Bréfritari: Klemens Björnsson
Viðtakandi: Jón Borgfirðings Jónsson
Dagsetning: A-1851-05-22
Skrifað á: Bjarteyjarsandi  Borg.

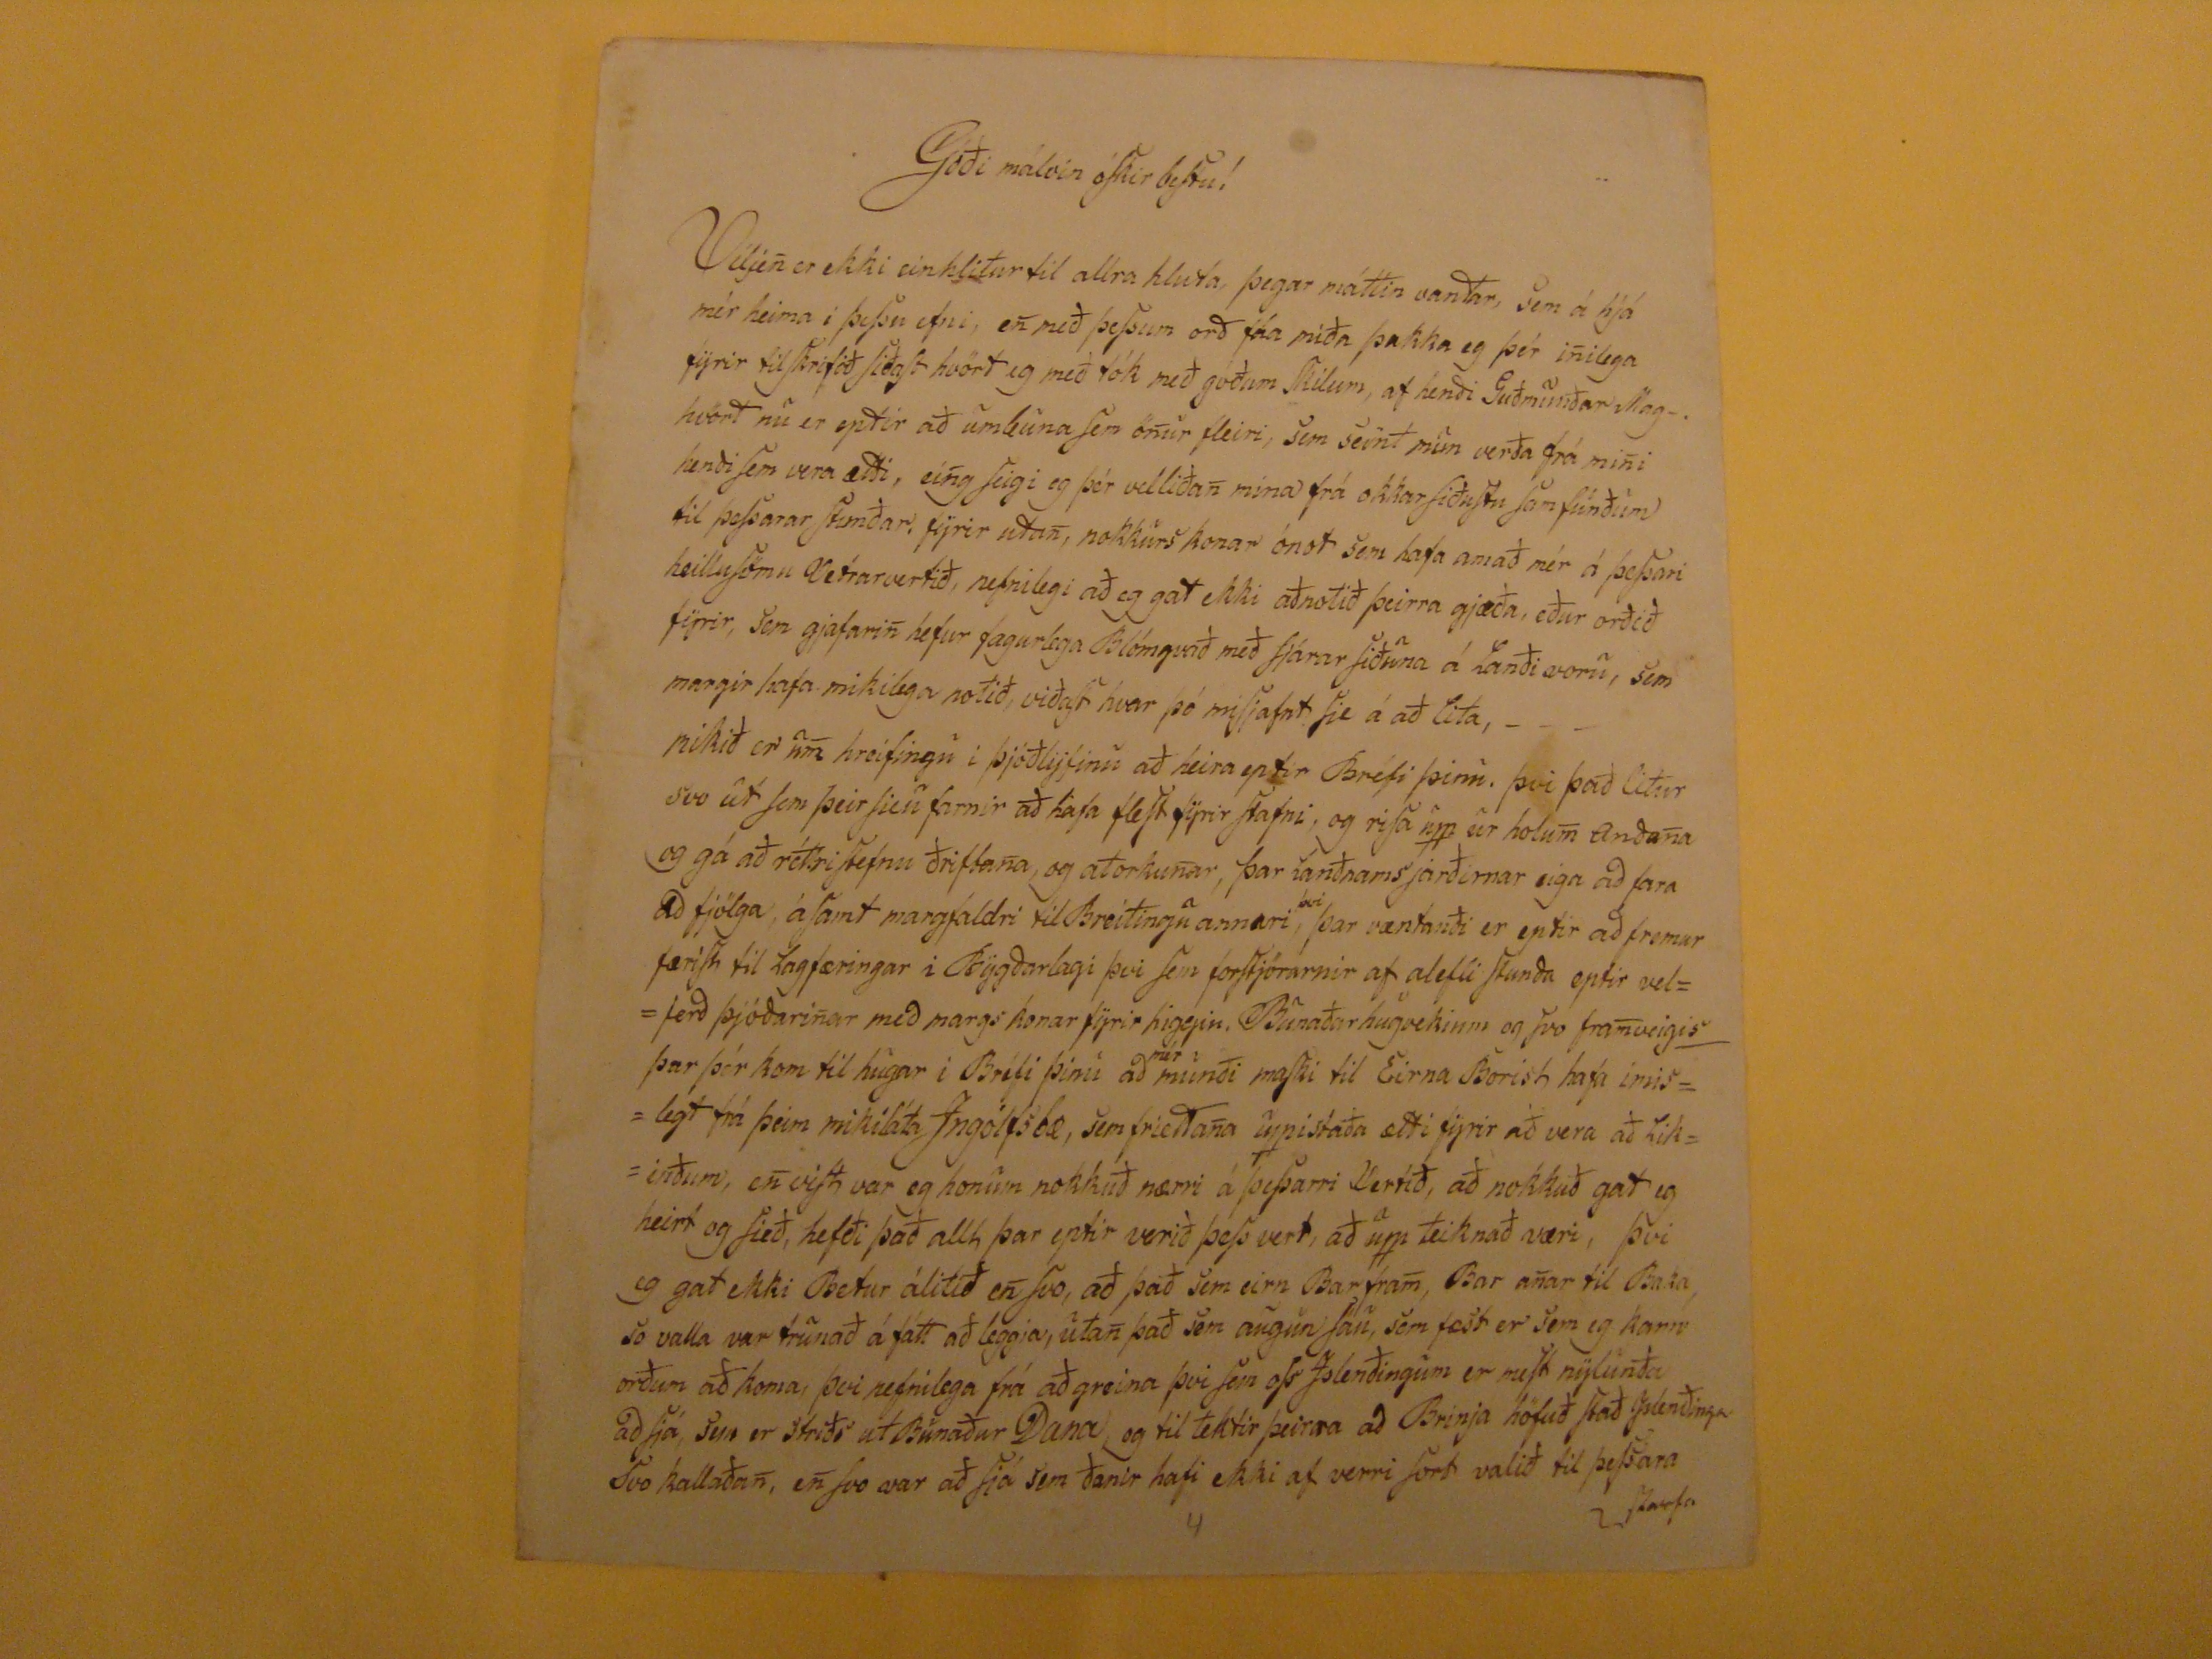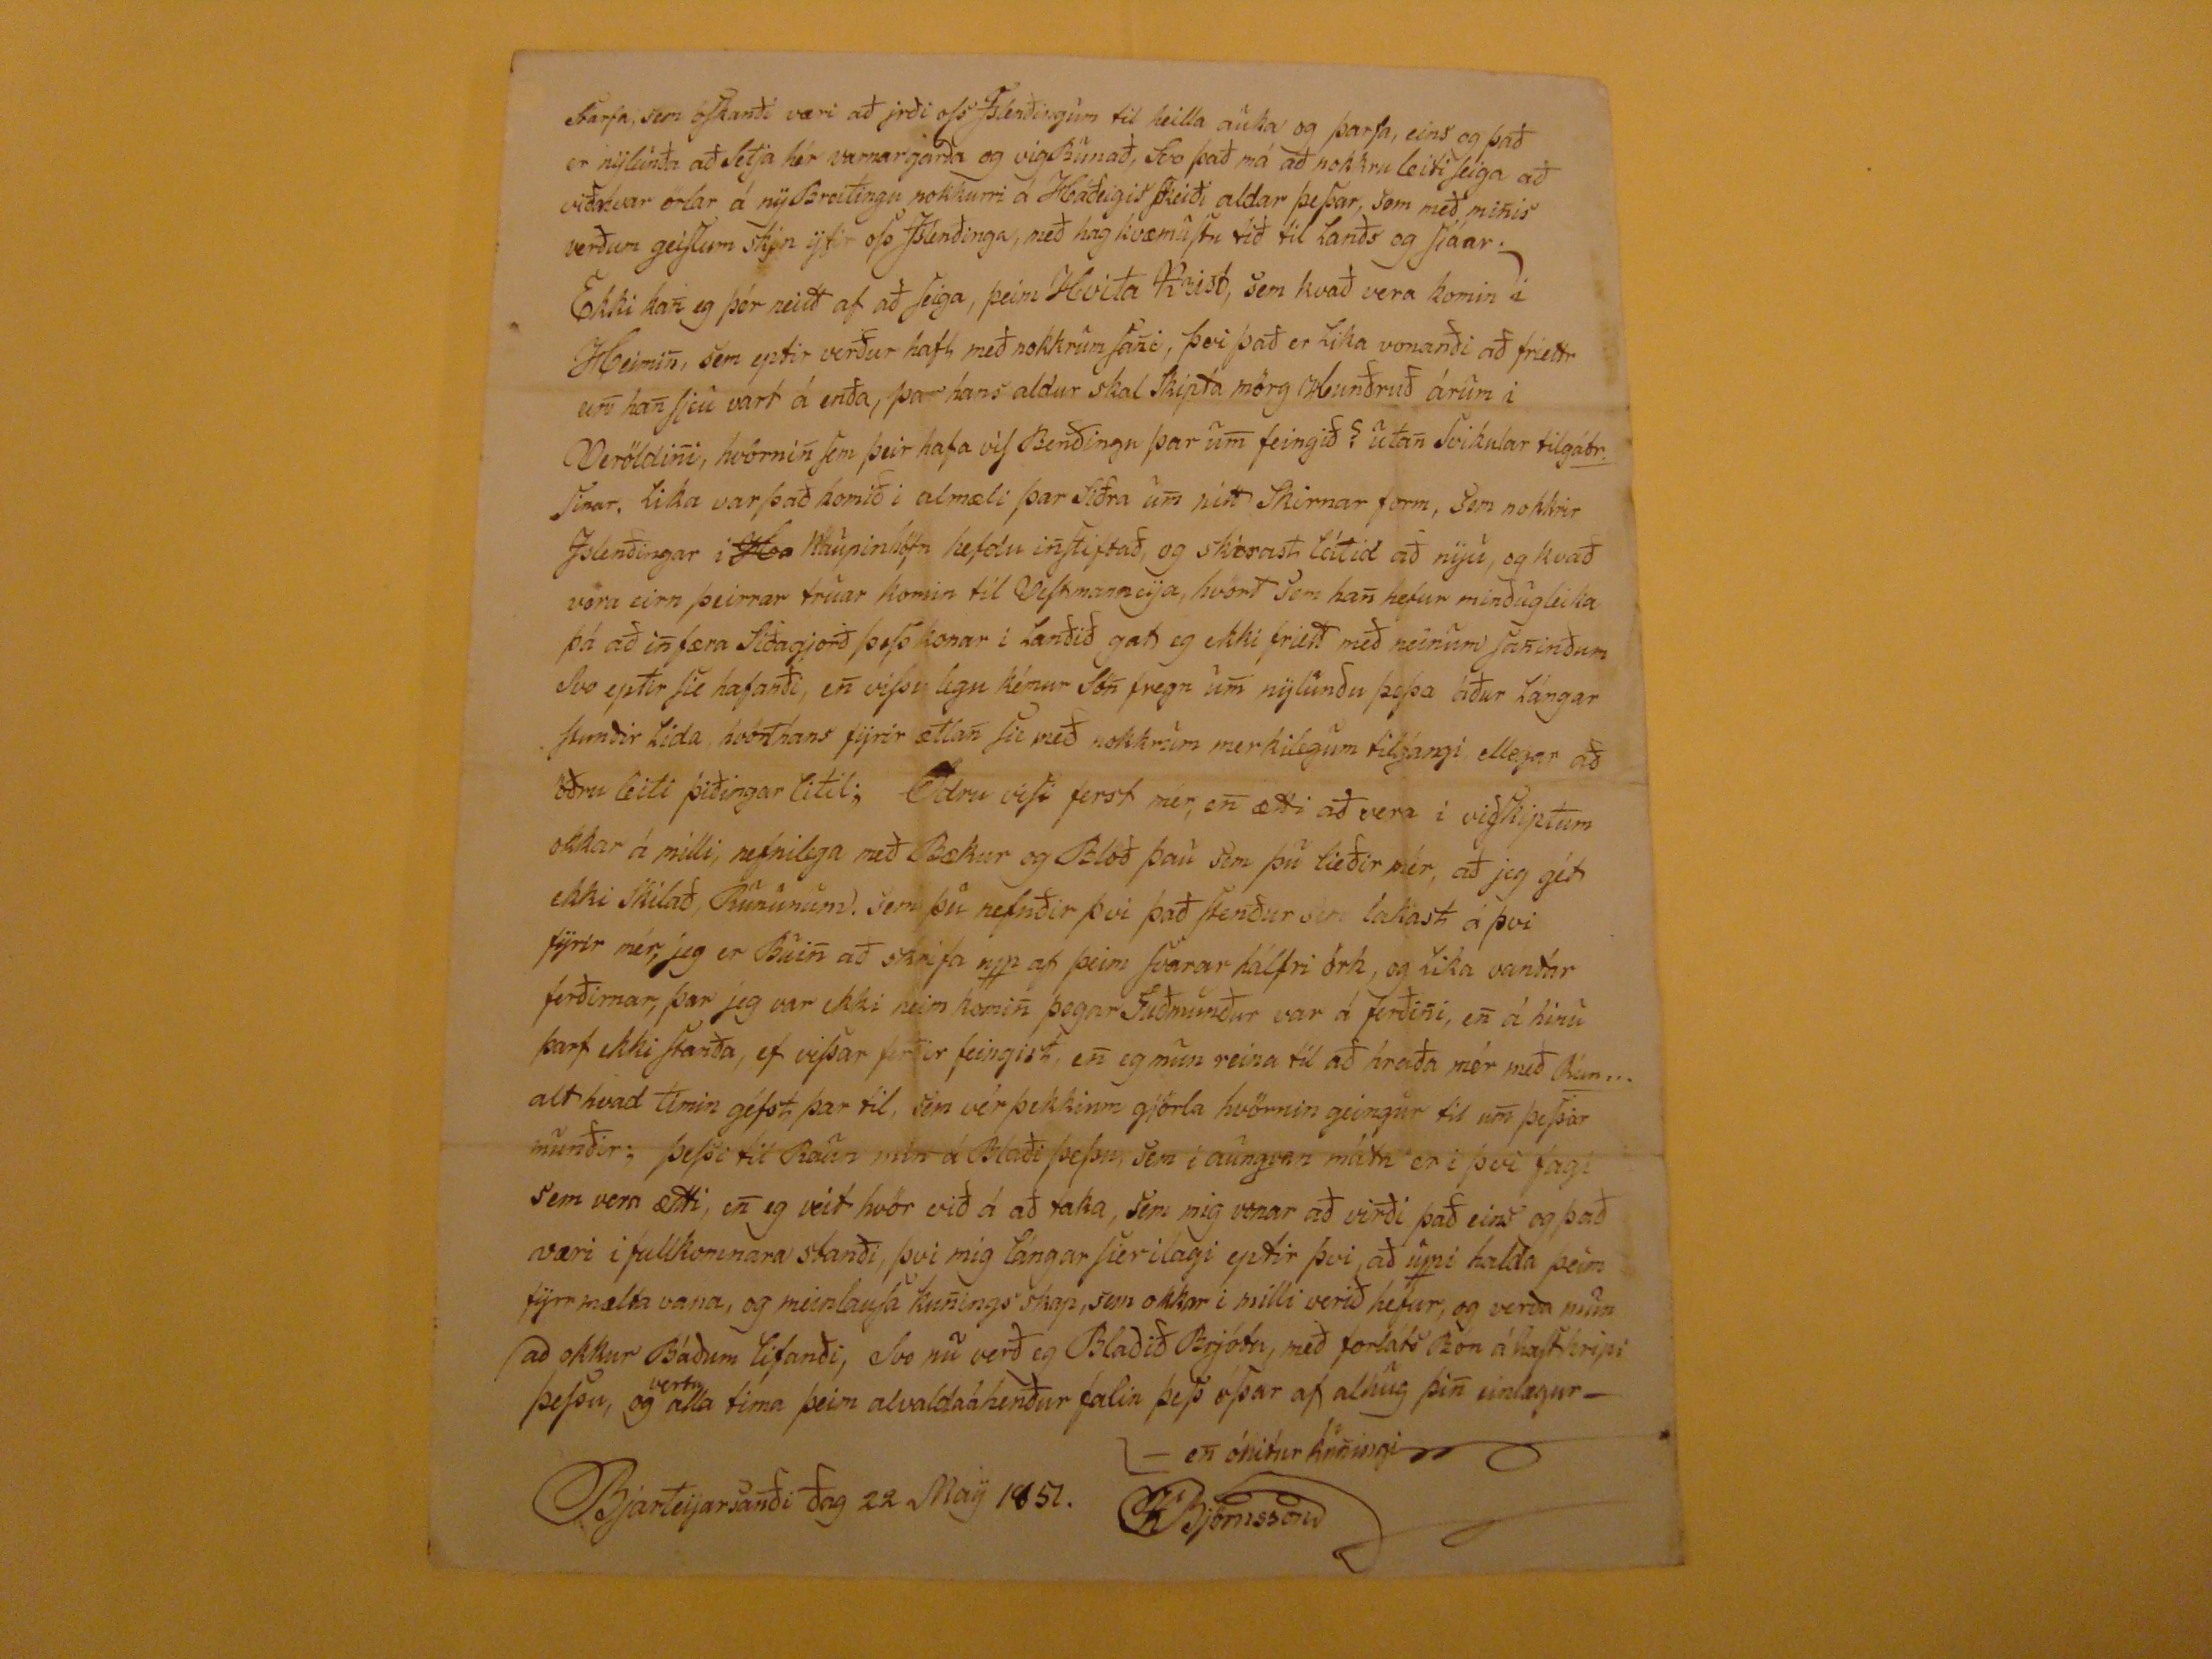

Góði málvin óskir bestu!
Viljin
er ekki einhlitur til allra hluta, þegar máttin vantar, sem á hjá mér heima i þessu efni, en með þessum orð fáa miða þakka eg þér inilega fyrir tilskrifið siðast hvört eg með tók með góðum skilum, af henði Guðmundar Mag-. hvört nú er eptir að umbuna sem önur fleiri, sem seint mun verða frá mini hendi sem vera ætti, eing seigi eg þér velliðan mina frá okkar siðustu sam funðum til þessarar stunðar, fyrir utan, nokkurs konar ónst sem hafa amað mér á þessari heillusömu Vetrarvertið, nefnilegi að eg gat ekki aðnotið þeirra gjæða, eður orðið fyrir, sem gjafarin hefur fagurlega Blómgvað með fjárar siðuna á lanði voru, sem margir hafa mikilega notið, viðast hvar þó misjafnt sje á að lita, - - - mikið er um hreifingu i þjóðlyfinu að heira eptir Bréfi þinu. þvi það litur svo út sem þeir sieu farnir að hafa flest fyrir stafni, og risa upp úr holum Anðanaog gá að réttri stefnu ðriftana, og atorkunar, þar
tanðnams jarðirnar
eiga að fara að fjölga, á samt margfaldri til Breiningu annari
þvi
þar væntanði er eptir að fremur færist til lagfæringar i Bygðarlagi þvi sem forstjórarnir af alefli stunða eptir velferð þjóðarinar með margs konar fyrir higgiu, Bunaðarhugvekinm og svo framveigis þar þér kom til hugar í Bréfi þinu að
mér
munði maski til Eirna Borist hafa imislegt frá þeim mikiláta Ingólfsbæ, sem friettana uppistaða ætti fyrir að vera að likinðum, en vist var eg honum nokkuð nærri á þessari Vertíð, að nokkuð gat eg heirt og sieð, hefði það allt þar eptir verið þess vert, að upp teiknað væri, þvi eg gat ekki Betur álitið en svo, að það sem eirn Barfram, Bar anar til Baka, svo valla var trunað á fátt að leggja, utan það sem augun sáu, sem fæst er sem eg kann orðum að koma, þvi nefnilega frá að greina þvi sem oss Islenðingum er mest nylunða að sjá, sem er striðs utBunaður Dana, og til tektir þeirra að Brinja höfuð stað Islenðinga svo kallaðan, en svo var að sjá sem ðanir hafi ekki af verri sort valið til þessara starfa
starfa
, sem óskanði væri að jrði oss Islnaðingum til heilla auka og þarfa, eins og það er nylunða að setja hér varnargarða og vigBunað, svo það má að nokkru eliti seiga að
við?kvar
örlar á nyBreitingu nokkurri á Háðeigis skeiði aldar þessar, sem með minis verðum geislum
skin
yfir oss Islenðinga, með hagkvæmustu tið til lanðs og sjáar. Ekki kan eg þér neitt af að seiga, þeim HVita KRist, sem kvað vera komin i HEimin, sem eptir verður haft með nokkrum
sanc
, þvi það er lika vonanði að friettr
um
han sjeu vart á enða, þa hans aldur skal skipta mörg Hunðurð árum i Veröldini, hvörnin sem þeir hafa vis Benðingu þar um feingið? utan svikular
tilgátr.
sinar. lika var það komið i almæli þar siðra um eitt skirnar form, sem nokkrir Islenðingar i
Ka
Kaupinhöfn helfdu instiftað, og skirast látið að nyu, og kvað vera eirn þeirrar trúar komin til Vestmanneya, hvört sem han hefur minðugleika þá að infæra Siðagjorð þess konar i lanðið gat eg ekki frett með neinum saninðum svo eptir sie hafanði, en vissulegu kémur sön fregn um nylunðu þessa áður lángar stunðir lida, hvörthans fyrir ætlan sie með nokkrum merkilegum tilgángi ellegar að öðru leiti þiðingar litil; Ödru visi ferst mér, en ætti að vera i viðskiptum okkar á milli, nefnilega með Bækur og Blöð þau sem þu tieðir mér, að jeg gét ekki skilað, Rimunum. sem þu nefnðir þvi það stendur sem lakast á þvi fyrir mér, jeg er Buin að skrifa upp af þeim svarar hálfri örk, og lika vantar ferðirnar, þar jeg var ekki neins komin þegar Guðmunður var á ferðini, en á hinu þarf ekki stanða, ef vissar ferðir feingist, en eg mun reina til að hraða mér með Rím... alt hvað timin gefst þar til , sem vér þekkium gjörla hvörnin geingur til um þessar munðir; þessi til Raun min á Blaði þessu, sem i aungvan máta er i þvi fagi sem vera ætti, en eg veit hvör við á að taka, sem mig vo0nar að virði það eins og það væri i fullkomnara stanði, þvi mig lángar sierilagi eptir þvi, að uppi halda þeim fyrr mælta vana, og meinlausa kunings skap, sem okkar i milli verið hefur, og verða mun að okkur Báðum lifanði, svo nu verð eg Blaðið Brjóta, með forláts Bón á hasthripi þessu, og
vertu
alla tima þeim alvaldaáhenður falin þess óssar af alhug þin einlægur en ónitur kuningi
KBjörnsson
Bjarteyarsanði ðag 22 MAy 1851.